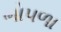
ભોપળા